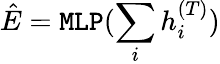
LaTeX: \hat{E}=\texttt{MLP}(\sum_{i}h_{i}^{(T)})